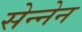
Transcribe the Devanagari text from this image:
सेन्नेन